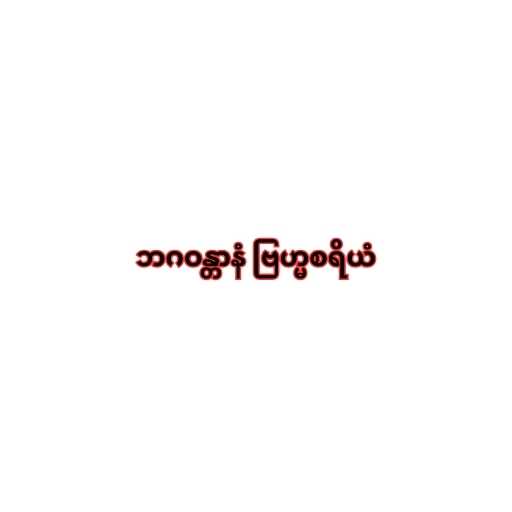
ဘဂဝန္တာနံ ဗြဟ္မစရိယံ